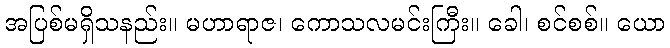
အပြစ်မရှိသနည်း။ မဟာရာဇ၊ ကောသလမင်းကြီး။ ခေါ၊ စင်စစ်။ ယော